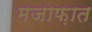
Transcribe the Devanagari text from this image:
मजाफ़ात